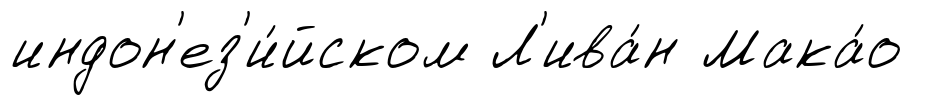
индон'ез'и́йском Л'ива́н Мака́о